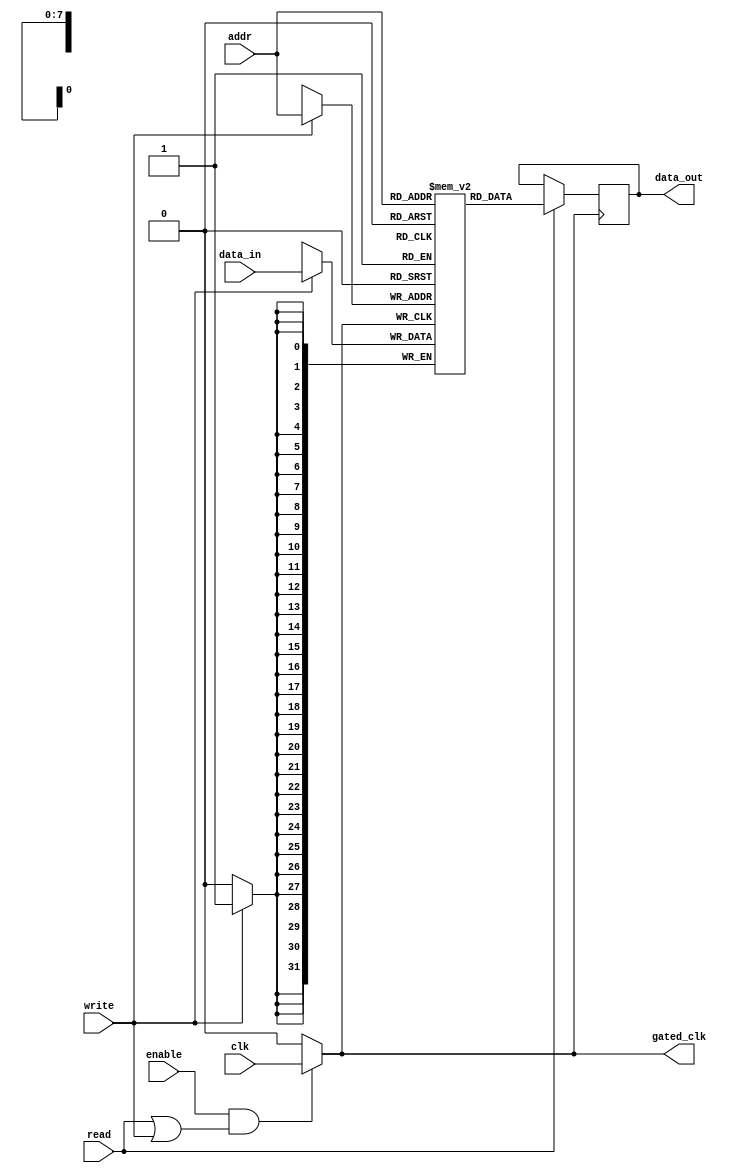
module mem_block (
    input wire clk,               // Primary clock signal
    input wire enable,            // Control signal to enable memory block
    input wire read,              // Control signal for read operation
    input wire write,             // Control signal for write operation
    input wire [7:0] addr,        // Address input for memory access
    input wire [31:0] data_in,    // Data input for write operation
    output reg [31:0] data_out,    // Data output for read operation
    output wire gated_clk         // Gated clock output for the memory block
);

    // Memory array: 256 memory locations of 32 bits each
    reg [31:0] memory_array [0:255];

    // Clock Gating Logic
    wire clk_enable;
    assign clk_enable = enable && (read || write); // Enable clock if memory is active

    assign gated_clk = clk_enable ? clk : 1'b0; // Output the original clock or ground based on clk_enable

    // Memory Operations: Using gated clock 
    always @(posedge gated_clk) begin
        if (write) begin
            memory_array[addr] <= data_in; // Write data into memory
        end
        if (read) begin
            data_out <= memory_array[addr]; // Read data from memory
        end
    end

endmodule